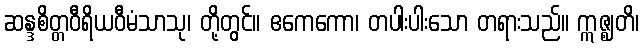
ဆန္ဒစိတ္တဝီရိယဝီမံသာသု၊ တို့တွင်။ ဧကေကော၊ တပါးပါးသော တရားသည်။ ဣဇ္ဈတိ၊